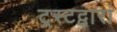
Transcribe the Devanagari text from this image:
ट्रस्टद्वारा